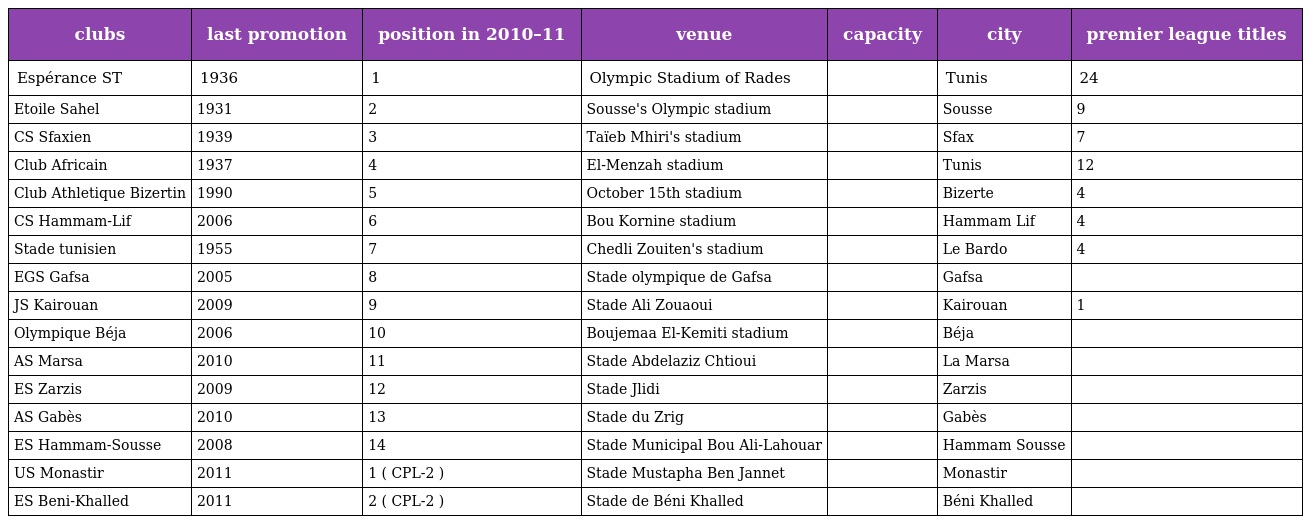
| clubs | last promotion | position in 2010–11 | venue | capacity | city | premier league titles |
 | --- | --- | --- | --- | --- | --- | --- |
 | Espérance ST | 1936 | 1 | Olympic Stadium of Rades |  | Tunis | 24 |
 | Etoile Sahel | 1931 | 2 | Sousse's Olympic stadium |  | Sousse | 9 |
 | CS Sfaxien | 1939 | 3 | Taïeb Mhiri's stadium |  | Sfax | 7 |
 | Club Africain | 1937 | 4 | El-Menzah stadium |  | Tunis | 12 |
 | Club Athletique Bizertin | 1990 | 5 | October 15th stadium |  | Bizerte | 4 |
 | CS Hammam-Lif | 2006 | 6 | Bou Kornine stadium |  | Hammam Lif | 4 |
 | Stade tunisien | 1955 | 7 | Chedli Zouiten's stadium |  | Le Bardo | 4 |
 | EGS Gafsa | 2005 | 8 | Stade olympique de Gafsa |  | Gafsa |  |
 | JS Kairouan | 2009 | 9 | Stade Ali Zouaoui |  | Kairouan | 1 |
 | Olympique Béja | 2006 | 10 | Boujemaa El-Kemiti stadium |  | Béja |  |
 | AS Marsa | 2010 | 11 | Stade Abdelaziz Chtioui |  | La Marsa |  |
 | ES Zarzis | 2009 | 12 | Stade Jlidi |  | Zarzis |  |
 | AS Gabès | 2010 | 13 | Stade du Zrig |  | Gabès |  |
 | ES Hammam-Sousse | 2008 | 14 | Stade Municipal Bou Ali-Lahouar |  | Hammam Sousse |  |
 | US Monastir | 2011 | 1 ( CPL-2 ) | Stade Mustapha Ben Jannet |  | Monastir |  |
 | ES Beni-Khalled | 2011 | 2 ( CPL-2 ) | Stade de Béni Khalled |  | Béni Khalled |  |